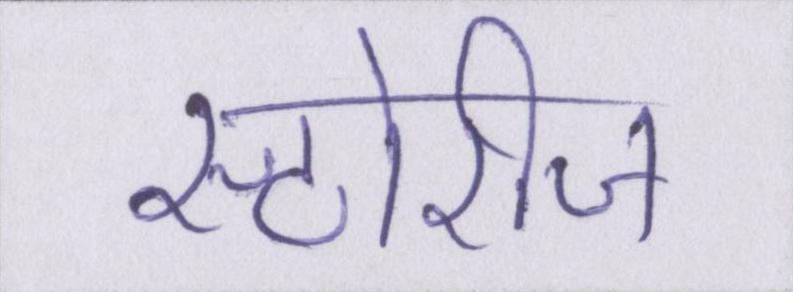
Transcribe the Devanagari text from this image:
स्टोरीज